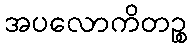
အပလောကိတဉ္စ